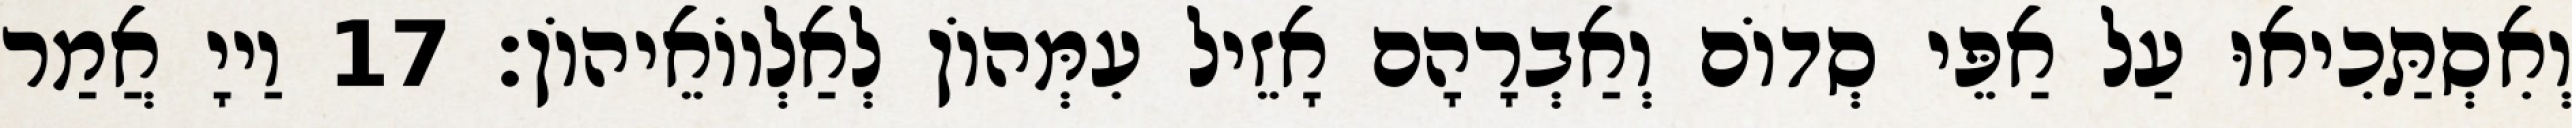
וְאִסְתַּכִיאוּ עַל אַפֵּי סְדוֹם וְאַבְרָהָם אָזֵיל עִמְּהוֹן לְאַלְווֹאֵיהוֹן׃ 17 וַייָ אֲמַר